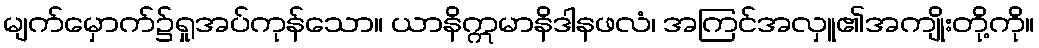
မျက်မှောက်၌ရှုအပ်ကုန်သော။ ယာနိဣမာနိဒါနဖလံ၊ အကြင်အလှူ၏အကျိုးတို့ကို။